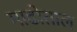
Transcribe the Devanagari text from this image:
माढोताल